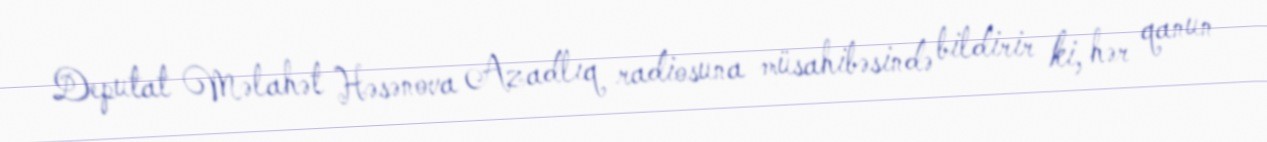
Deputat Məlahət Həsənova Azadlıq radiosuna müsahibəsində bildirir ki, hər qanun